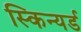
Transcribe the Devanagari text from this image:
स्किन्यर्ड